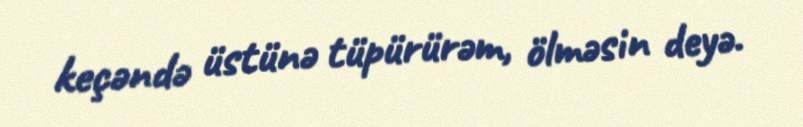
keçəndə üstünə tüpürürəm, ölməsin deyə.